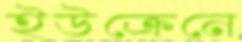
ইউক্রেনে